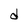
Character: d